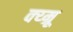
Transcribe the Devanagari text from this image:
क्य्म्रू